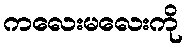
ကလေးမလေးကို